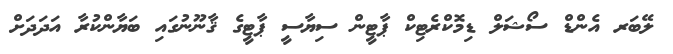
ލޭބަރ އެންޑް ސޯޝަލް ޑިމޮކްރެޓިކް ޕާޓީން ސިޔާސީ ޕާޓީގެ ޤާނޫނުގައި ބަޔާންކުރާ އަދަދަށް